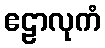
ဧဠာလုကံ